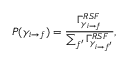
P ( \gamma _ { i \rightarrow f } ) = \frac { \Gamma _ { \gamma _ { i \rightarrow f } } ^ { R S F } } { \sum _ { f ^ { \prime } } \Gamma _ { \gamma _ { i \rightarrow f ^ { \prime } } } ^ { R S F } } ,